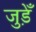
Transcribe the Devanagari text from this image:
जुड़ेँ